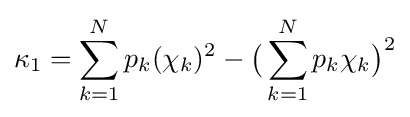
\kappa _{1}=\sum _{k=1}^{N}p_{k}(\chi _{k})^{2}-{\bigl (}\sum _{k=1}^{N}p_{k}\chi _{k}{\bigr )}^{2}